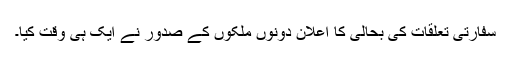
سفارتی تعلقات کی بحالی کا اعلان دونوں ملکوں کے صدور نے ایک ہی وقت کیا۔